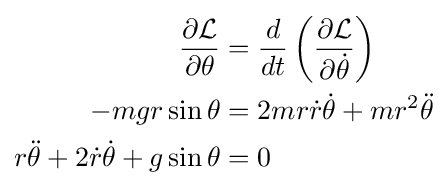
{\begin{aligned}{\frac {\partial {\mathcal {L}}}{\partial \theta }}&={\frac {d}{dt}}\left({\frac {\partial {\mathcal {L}}}{\partial {\dot {\theta }}}}\right)\\-mgr\sin {\theta }&=2mr{\dot {r}}{\dot {\theta }}+mr^{2}{\ddot {\theta }}\\r{\ddot {\theta }}+2{\dot {r}}{\dot {\theta }}+g\sin {\theta }&=0\end{aligned}}